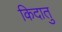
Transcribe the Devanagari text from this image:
किदातु